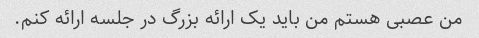
من عصبی هستم من باید یک ارائه بزرگ در جلسه ارائه کنم.